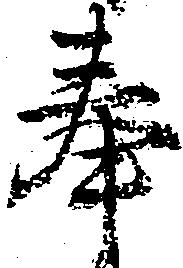
奉